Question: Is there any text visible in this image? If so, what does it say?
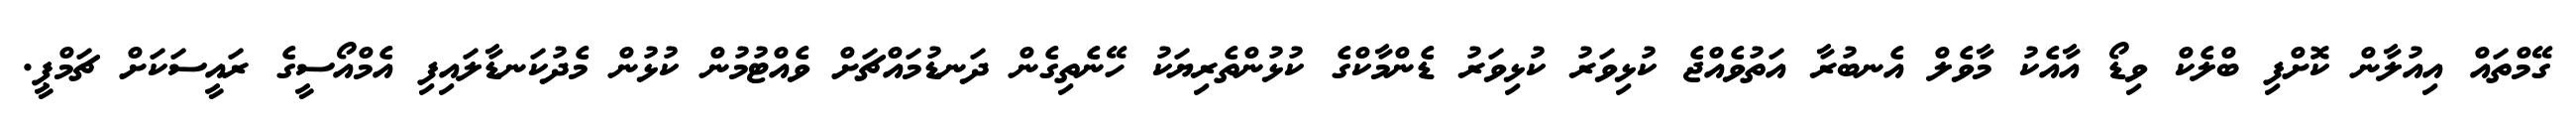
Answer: ގޭމްތައް އިއުލާން ކޮށްފި ބްލެކް ވިޑޯ އާއެކު މާވެލް އެނބުރާ އަތުވެއްޖެ ކުޅިވަރު ކުޅިވަރު ޑެންމާކްގެ ކުޅުންތެރިޔަކު ހޭނެތިގެން ދަނޑުމައްޗަށް ވެއްޓުމުން ކުޅުން މެދުކަނޑާލައިފި އެމްއޯސީގެ ރައީސަކަށް ޗަމްޕީ.